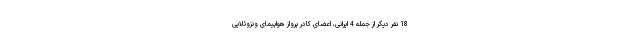
18 نفر دیگر از جمله 4 ایرانی، اعضای کادر پرواز هواپیمای ونزوئلایی